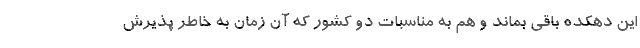
این دهکده باقی بماند و هم به مناسبات دو کشور که آن زمان به خاطر پذیرش